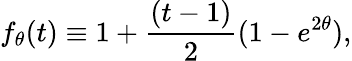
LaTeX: f_{\theta}(t)\equiv 1+{\frac{(t-1)}{2}}(1-e^{2\theta}),